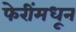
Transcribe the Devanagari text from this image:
फेरींमधून